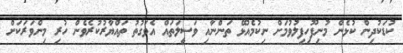
ކުޑަކުދިން ކުޅެން މުނިފޫހިފިލުވުމަށް ނިކުމެއުޅޭ ތަންނާއި ވަސީލަތައް އެވަގުތު ތައްޔާރުކުރެވެން ހުރި މިންވަރަކަށް